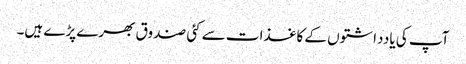
آپ کی یادداشتوں کے کاغذات سے کئی صندوق بھرے پڑے ہیں۔